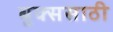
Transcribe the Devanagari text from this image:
बुक्ससाठी